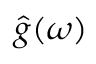
\hat { g } ( \omega )